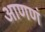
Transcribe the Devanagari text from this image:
आणणं